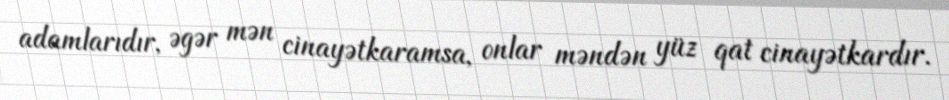
adamlarıdır, əgər mən cinayətkaramsa, onlar məndən yüz qat cinayətkardır.